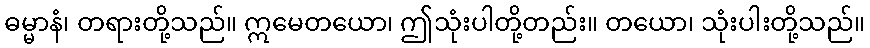
ဓမ္မာနံ၊ တရားတို့သည်။ ဣမေတယော၊ ဤသုံးပါတို့တည်း။ တယော၊ သုံးပါးတို့သည်။